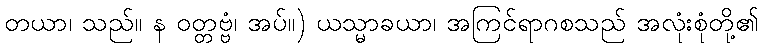
တယာ၊ သည်။ န ဝတ္တဗ္ဗံ၊ အပ်။) ယသ္မာခယာ၊ အကြင်ရာဂစသည် အလုံးစုံတို့၏